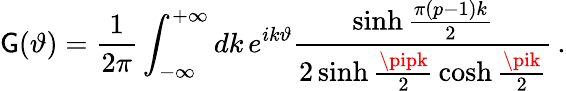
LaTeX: \mathsf{G}(\vartheta)=\frac{{1}}{{2\pi}}\int_{-\infty}^{+\infty}dk\, e^{ik\vartheta}\frac{{\sinh\frac{{\pi(p-1)k}}{{2}}}}{{2\sinh\frac{{\pipk}}{{2}}\, \cosh\frac{{\pik}}{{2}}}}\, .